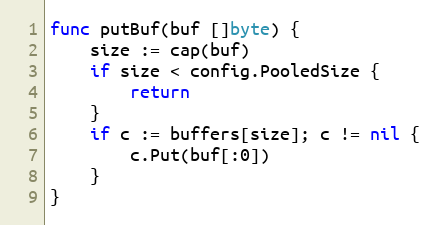
Language: Go
func putBuf(buf []byte) {
	size := cap(buf)
	if size < config.PooledSize {
		return
	}
	if c := buffers[size]; c != nil {
		c.Put(buf[:0])
	}
}